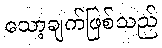
သော့ချက်ဖြစ်သည်